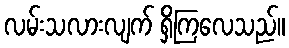
လမ်းသလားလျက် ရှိကြလေသည်။